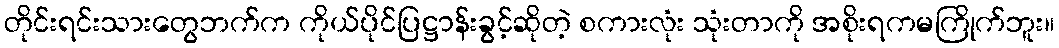
တိုင်းရင်းသားတွေဘက်က ကိုယ်ပိုင်ပြဋ္ဌာန်းခွင့်ဆိုတဲ့ စကားလုံး သုံးတာကို အစိုးရကမကြိုက်ဘူး။